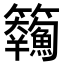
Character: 𩽘